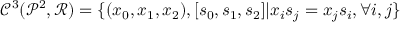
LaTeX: { { \mathcal C } ^ { 3 } } ( { { \mathcal P } ^ { 2 } } , { \mathcal R } ) = \{ ( { x _ { 0 } } , { x _ { 1 } } , { x _ { 2 } } ) , [ { s _ { 0 } } , { s _ { 1 } } , { s _ { 2 } } ] \vert { x _ { i } } { s _ { j } } = { x _ { j } } { s _ { i } } , \forall i , j \}